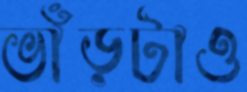
ভাঁড়টাও